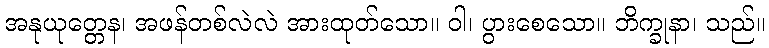
အနုယုတ္တေန၊ အဖန်တစ်လဲလဲ အားထုတ်သော။ ဝါ၊ ပွားစေသော။ ဘိက္ခုနာ၊ သည်။